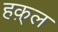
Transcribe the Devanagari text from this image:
हक़्ल